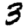
Digit: 3